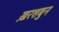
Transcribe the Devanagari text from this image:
ख़रशबुन